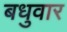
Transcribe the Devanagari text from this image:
बधुवार